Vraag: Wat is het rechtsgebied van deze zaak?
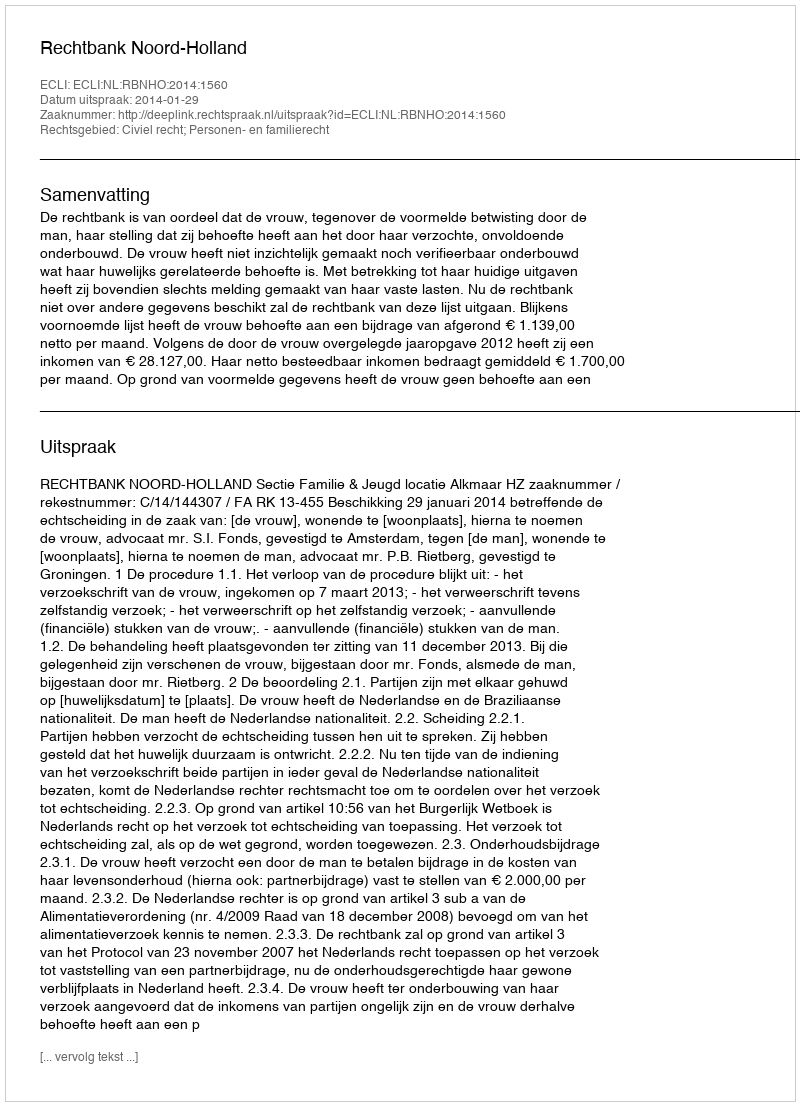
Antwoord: Civiel recht; Personen- en familierecht